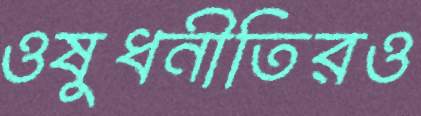
ওষুধনীতিরও